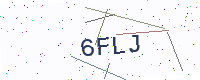
Text: 6FLJ